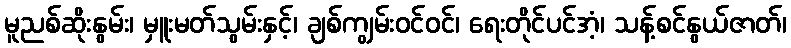
မူညစ်ဆိုးနွမ်း၊ မှူးမတ်သွမ်းနှင့်၊ ချစ်ကျွမ်းဝင်ဝင်၊ ရေးတိုင်ပင်အံ့၊ သန့်စင်နွယ်ဇာတ်၊